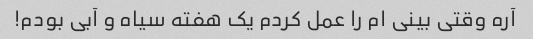
آره وقتی بینی ام را عمل کردم یک هفته سیاه و آبی بودم!